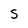
Character: 5